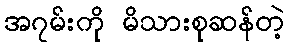
အ၇မ်းကို မိသားစုဆန်တဲ့